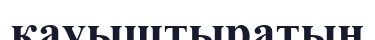
қауыштыратын